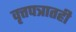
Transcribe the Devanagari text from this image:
वृत्तपत्रातही